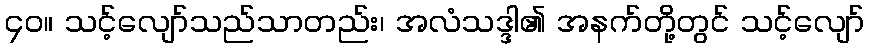
၄၀။ သင့်လျော်သည်သာတည်း၊ အလံသဒ္ဒါ၏ အနက်တို့တွင် သင့်လျော်